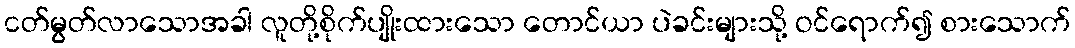
ငတ်မွတ်လာသောအခါ လူတို့စိုက်ပျိုးထားသော တောင်ယာ ပဲခင်းများသို့ ဝင်ရောက်၍ စားသောက်